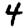
Digit: 4